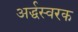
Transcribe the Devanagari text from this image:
अर्द्धस्वरक